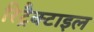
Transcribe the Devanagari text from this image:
रिट्रैक्टाइल